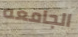
الجامعه